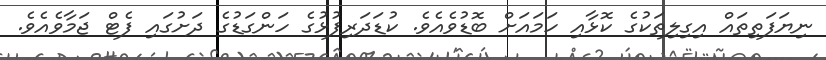
ނިޔަފަތިތައް އިގިލިތަކުގެ ކޮޅާއި ހަމައަށް ބޮޑުވެއެވެ. ކުޑަދަރިފުޅުގެ ހަންގަޑުގެ ދަށުގައި ފެޓް ޖަމާވެއެވެ.